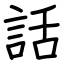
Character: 話